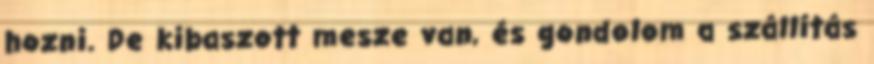
hozni. De kibaszott mesze van, és gondolom a szállítás